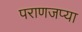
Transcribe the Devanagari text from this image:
पराणजप्या